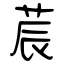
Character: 莀